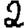
Digit: 2